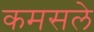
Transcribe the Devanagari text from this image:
कमसले